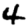
Digit: 4